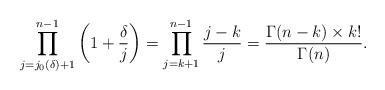
LaTeX: \begin{align*}\prod_{j= j_0(\delta)+1}^{n-1} \left(1+\dfrac{\delta}{j}\right) = \prod_{j=k+1}^{n-1} \dfrac{j-k}{j} =\dfrac{\Gamma(n-k) \times k!}{\Gamma(n)}. \end{align*}